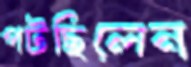
পটছিলেন